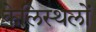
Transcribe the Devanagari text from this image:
केलिस्थलों